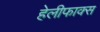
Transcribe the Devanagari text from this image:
हेलीफाक्स